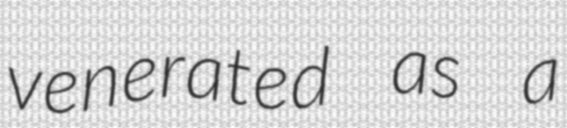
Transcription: venerated as a